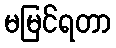
မမြင်ရတာ